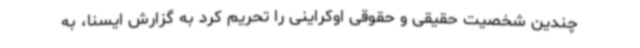
چندین شخصیت حقیقی و حقوقی اوکراینی‌ را تحریم کرد به گزارش ایسنا، به